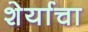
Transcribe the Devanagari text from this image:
शेर्याचा